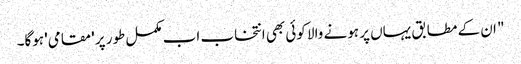
" ان کے مطابق یہاں پر ہونے والا کوئی بھی انتخاب اب مکمل طور پر 'مقامی' ہوگا۔